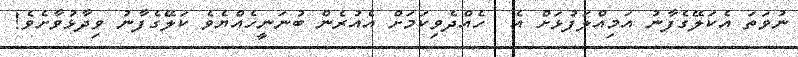
ނުވަތަ އެކަލޭގެފާނު އަމިއްލަފުޅަށް އެ  ހެއްދެވިކަމަށް އެއުރެން ބުނަނީހެއްޔެވެ ކަލޭގެފާނު ވިދާޅުވާށެވެ!